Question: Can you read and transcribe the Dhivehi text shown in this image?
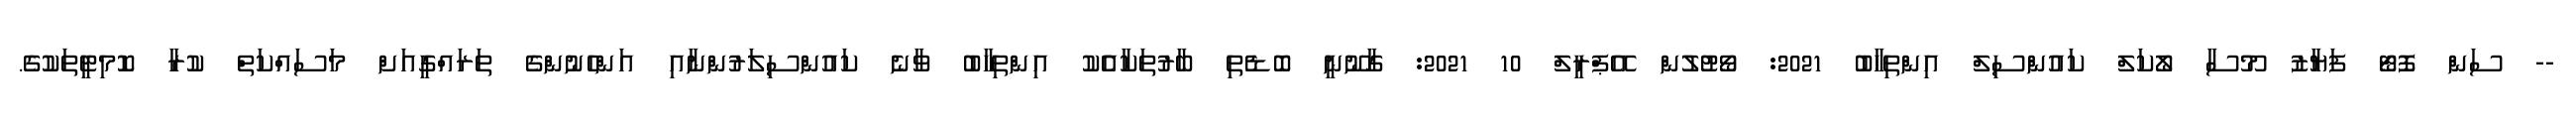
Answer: -- ސަން ފޮޓޯ ފަޔާޒު މޫސާ ލޯކަލް ކައުންސިލް އިންތިހާބު 2021: ވޯޓުލުން އޭޕްރީލް 10 2021: ގާނޫނީ ބޮޑެތި ބާރުތަކާއެެކު އިންތިހާބު ވާނެ ކައުންސިލަރުންނާއި އަންހެނުންގެ ތަރައްގީއަށް މަސައްކަތް ކުރާ ކޮމިޓީތަކުގެ.